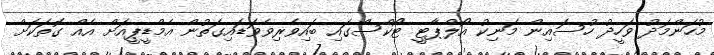
މުހަންމަދު ވަހީދު ހުސައިން މަނިކު އޯލްޕާޓީ ޓޯކްސްގައި ބައިވެރިވެވަޑައިގަތުން އެމްޑީޕީއަށް އެއް ގޮތަކަށް